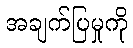
အချက်ပြမှုကို